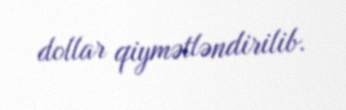
dollar qiymətləndirilib.